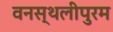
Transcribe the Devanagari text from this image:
वनस्थलीपुरम